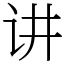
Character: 讲